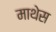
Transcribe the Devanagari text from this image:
माथेस